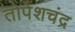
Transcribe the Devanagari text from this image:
तोपेशचंद्र